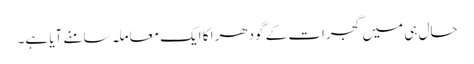
حال ہی میں گجرات کے گودھرا کا ایک معاملہ سامنے آیا ہے۔